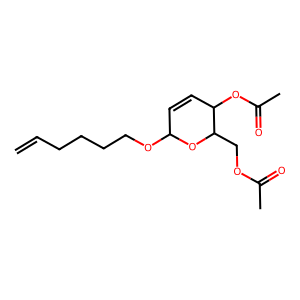
SMILES: C=CCCCCOC1C=CC(OC(C)=O)C(COC(C)=O)O1
Inhibits HIV replication: No